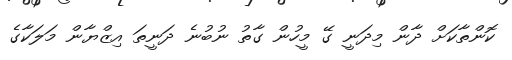
ކޮންތާކަށް ދާން މިދަނީ ގޭ މީހުން ގާތު ނުބުނެ ދަނީތަ އިޒްޔާން މަލަކާގެ